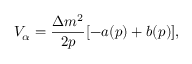
V _ { \alpha } = \frac { \Delta m ^ { 2 } } { 2 p } [ - a ( p ) + b ( p ) ] ,